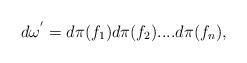
LaTeX: \begin{align*}d{\omega}^{'}=d{\pi}(f_1)d{\pi}(f_2)....d{\pi}(f_{n}),\end{align*}